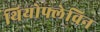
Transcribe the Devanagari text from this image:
थियोफ्लेविन